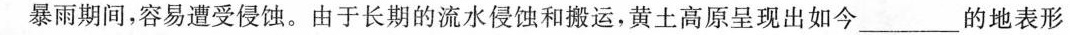
暴雨期间，容易遭受侵蚀。由于长期的流水侵蚀和搬运，黄土高原呈现出如今\underline的地表形